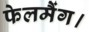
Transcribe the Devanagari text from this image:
फेलमैंग।